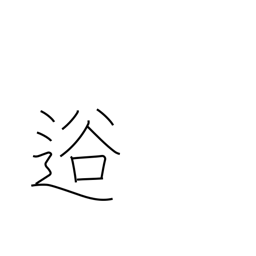
Meaning: valley